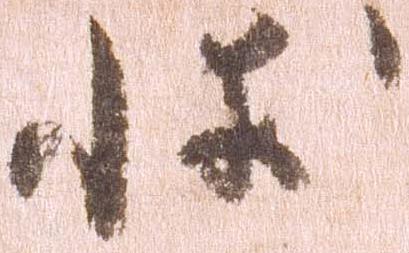
状